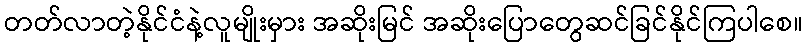
တတ်လာတဲ့နိုင်ငံနဲ့လူမျိုးမှား အဆိုးမြင် အဆိုးပြောတွေဆင်ခြင်နိုင်ကြပါစေ။